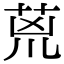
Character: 𮏇